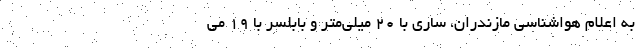
به اعلام هواشناسی مازندران، ساری با ۲۰ میلی‌متر و بابلسر با ۱۹ می